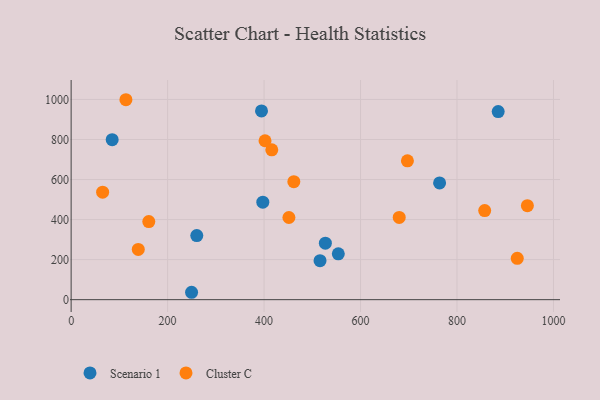
{"axis": {"x": "Distance", "y": "Profit"}, "legend": ["Cluster C", "Scenario 1"], "data": [{"x": "763.9", "y": 583.0, "type": "Scenario 1"}, {"x": "527.1", "y": 282.2, "type": "Scenario 1"}, {"x": "397.4", "y": 486.9, "type": "Scenario 1"}, {"x": "249.7", "y": 36.9, "type": "Scenario 1"}, {"x": "885.4", "y": 939.4, "type": "Scenario 1"}, {"x": "553.9", "y": 228.8, "type": "Scenario 1"}, {"x": "394.7", "y": 942.9, "type": "Scenario 1"}, {"x": "516.0", "y": 194.5, "type": "Scenario 1"}, {"x": "85.1", "y": 799.2, "type": "Scenario 1"}, {"x": "260.5", "y": 320.0, "type": "Scenario 1"}, {"x": "416.0", "y": 748.4, "type": "Cluster C"}, {"x": "924.9", "y": 206.3, "type": "Cluster C"}, {"x": "697.2", "y": 693.7, "type": "Cluster C"}, {"x": "680.2", "y": 410.7, "type": "Cluster C"}, {"x": "139.2", "y": 250.9, "type": "Cluster C"}, {"x": "945.9", "y": 469.6, "type": "Cluster C"}, {"x": "402.0", "y": 793.7, "type": "Cluster C"}, {"x": "65.3", "y": 536.8, "type": "Cluster C"}, {"x": "461.7", "y": 589.5, "type": "Cluster C"}, {"x": "113.6", "y": 998.7, "type": "Cluster C"}, {"x": "161.0", "y": 390.0, "type": "Cluster C"}, {"x": "451.5", "y": 410.5, "type": "Cluster C"}, {"x": "857.4", "y": 444.9, "type": "Cluster C"}]}